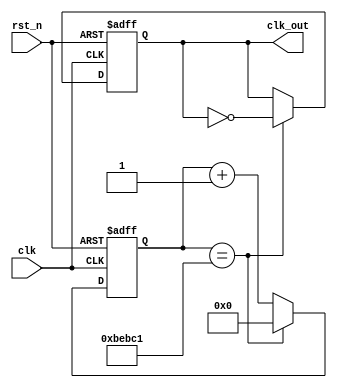
`timescale 1ns / 1ps
//////////////////////////////////////////////////////////////////////////////////
// Company: 
// Engineer: 
// 
// Design Name: 
// Module Name: clock_div_64Hz
// Project Name: 
// Target Devices: 
// Tool Versions: 
// Description: 
// 
// Dependencies: 
// 
// Revision:
// Revision 0.01 - File Created
// Additional Comments:
// 
//////////////////////////////////////////////////////////////////////////////////


module clock_div_64Hz(   // 64Hz
    input clk,
    input rst_n,
    output reg clk_out
    );
    reg [25:0]cnt;
    parameter cnts = 1562500;
    always@(posedge clk,negedge rst_n)
    begin
        if(~rst_n)
        begin
            cnt <= 0;
            clk_out <= 0;
        end
        else if(cnt == (cnts>>1)-1)
        begin
            cnt <= 0;
            clk_out <= ~clk_out;
        end
        else
            cnt <= cnt + 1;
    end
endmodule